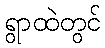
ရွာထဲတွင်